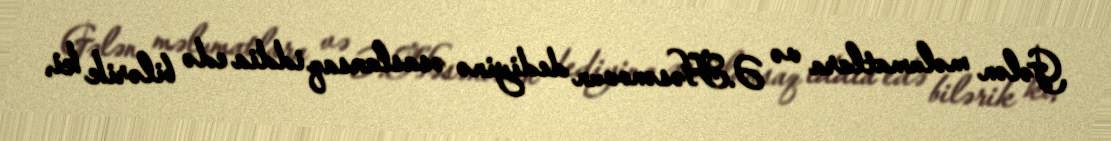
Gələn məlumatlara və Ə.Həsənovun dediyinə əsaslansaq iddia edə bilərik ki,